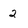
Character: 2